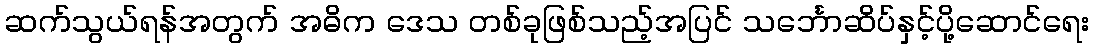
ဆက်သွယ်ရန်အတွက် အဓိက ဒေသ တစ်ခုဖြစ်သည့်အပြင် သင်္ဘောဆိပ်နှင့်ပို့ဆောင်ရေး